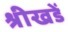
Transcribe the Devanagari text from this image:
श्रीखडें